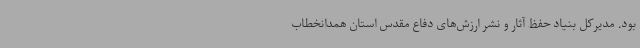
بود. مدیرکل بنیاد حفظ آثار و نشر ارزش‌های دفاع مقدس استان همدانخطاب